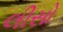
લીસો